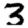
Digit: 3